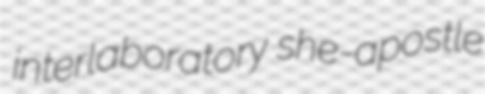
interlaboratory she-apostle